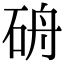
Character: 𥑸